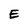
Character: E